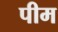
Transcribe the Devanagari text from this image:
पीम